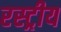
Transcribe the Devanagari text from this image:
रस्ट्रीय